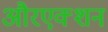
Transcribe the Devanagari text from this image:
औरएक्शन